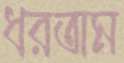
ধরতাম